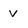
Character: V